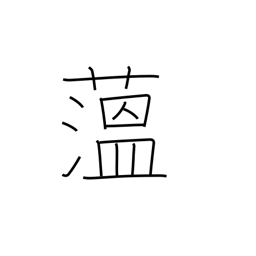
Meaning: hornwort